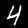
Label: 4